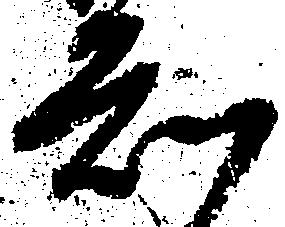
知